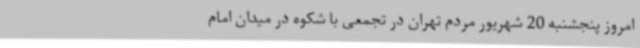
امروز پنجشنبه 20 شهریور مردم تهران در تجمعی با شکوه در میدان امام